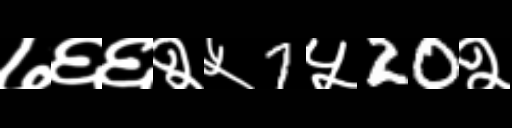
Text: ७६६२५7५20२